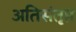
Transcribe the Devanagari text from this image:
अतिसंतृप्त